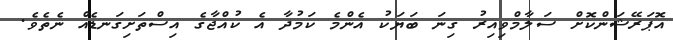
އޮޕަރޭޝަންކޮށް ސަލާމްވިއިރު ގިނަ ބަޔަކު އެންމެ ކަމުދާ އެ ކުއްޖާގެ އިސްތަށިގަނޑެއް ނެތެވެ.